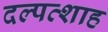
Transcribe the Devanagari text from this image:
दल्पत्शाह